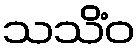
သသိံဝ